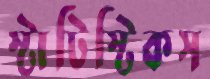
স্টাটিস্টিকস